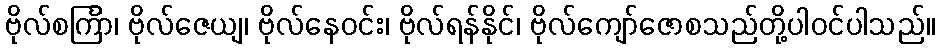
ဗိုလ်စင်္ကြာ၊ ဗိုလ်ဇေယျ၊ ဗိုလ်နေဝင်း၊ ဗိုလ်ရန်နိုင်၊ ဗိုလ်ကျော်ဇောစသည်တို့ပါဝင်ပါသည်။